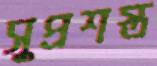
সুপ্রশস্ত